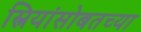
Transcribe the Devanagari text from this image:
स्त्रियांसोबतच्या